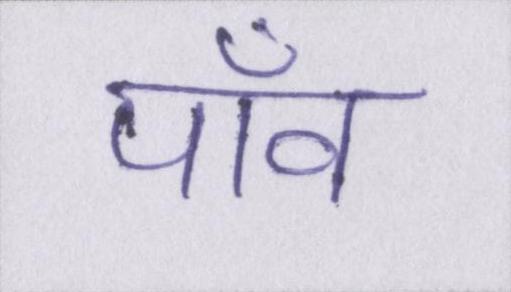
पाँव